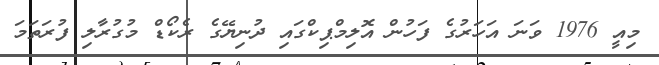
މިއީ 1976 ވަނަ އަހަރުގެ ފަހުން އޮލިމްޕިކްގައި ދުނިޔޭގެ ރެކޯޑް މުގުރާލި ފުރަތަމަ